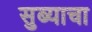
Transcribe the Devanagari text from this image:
सुब्याचा